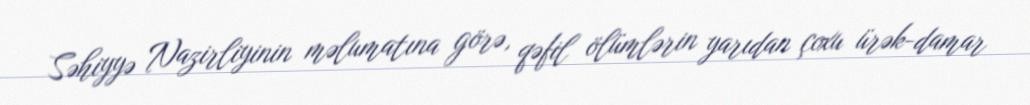
Səhiyyə Nazirliyinin məlumatına görə, qəfil ölümlərin yarıdan çoxu ürək-damar